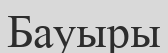
Бауыры